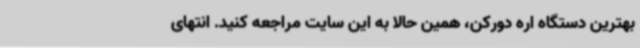
بهترین دستگاه اره دورکن، همین حالا به این سایت مراجعه کنید. انتهای